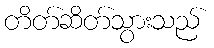
တိတ်ဆိတ်သွားသည်